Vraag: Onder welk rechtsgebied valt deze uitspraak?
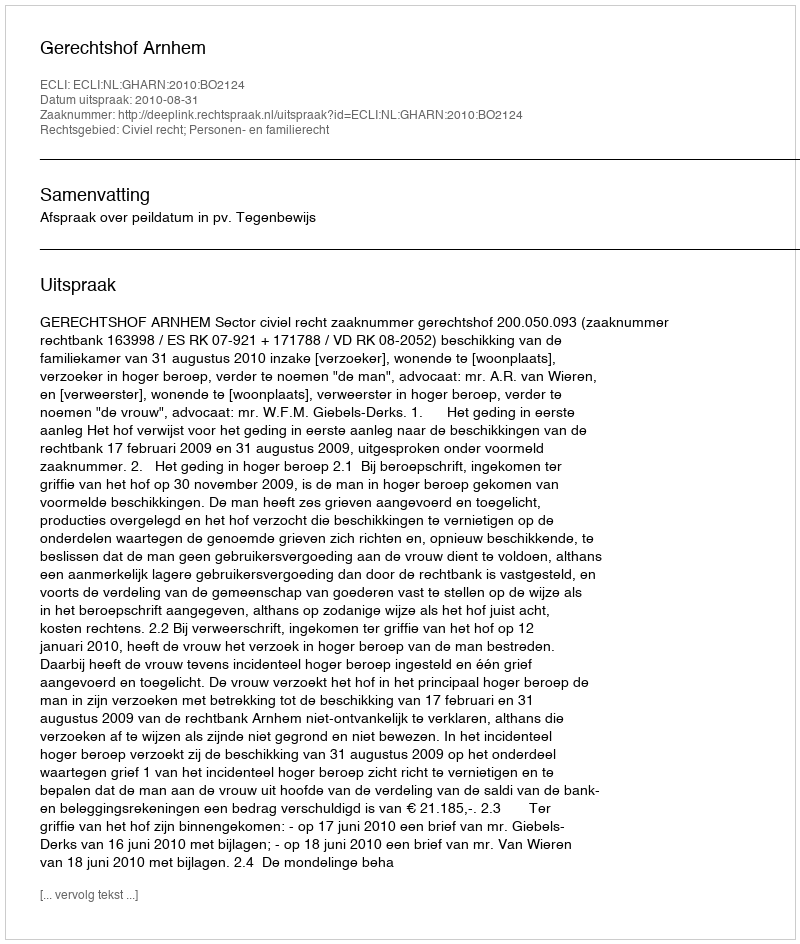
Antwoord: Civiel recht; Personen- en familierecht